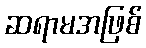
ဆရာမအဖြစ်